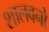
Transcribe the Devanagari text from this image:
शालवनो